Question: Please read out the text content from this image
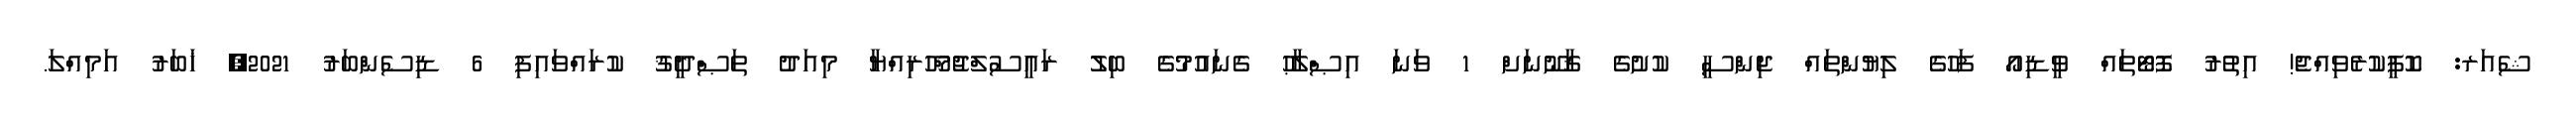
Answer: ޝެއަރ: ކޮޕީކުރެވިއްޖެ! އިތުރު ފޮޓޯތައް ވީޑިއޯ ފަހުގެ ލިޔުންތައް ޖިންސީ ކުށުގެ ޤާނޫނަށް 1 ވަނަ އިޞްލާޙު ގެނައުމުގެ ބިލު ރައީސުލްޖުމްހޫރިއްޔާ މިއަދު ތަޞްދީޤު ކުރައްވައިފި 6 ޑިސެންބަރު 2021, ޚަބަރު އަމިއްލަ.